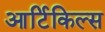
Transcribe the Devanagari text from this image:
आर्टिकिल्स